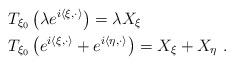
LaTeX: \begin{align*}& T_{\xi_0}\left(\lambda e^{i\langle \xi,\cdot\rangle}\right) =\lambda X_\xi \\& T_{\xi_0}\left(e^{i\langle \xi,\cdot\rangle} + e^{i\langle \eta,\cdot\rangle}\right) = X_\xi + X_{\eta}\ .\end{align*}